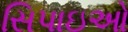
સિપાઇઓ